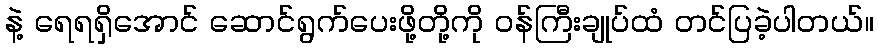
နဲ့ ရေရရှိအောင် ဆောင်ရွက်ပေးဖို့တို့ကို ၀န်ကြီးချုပ်ထံ တင်ပြခဲ့ပါတယ်။